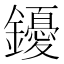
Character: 䥳